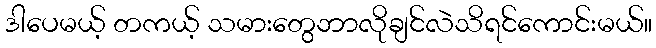
ဒါပေမယ့် တကယ့် သမားတွေဘာလိုချင်လဲသိရင်ကောင်းမယ်။